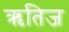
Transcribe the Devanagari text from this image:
ऋतिज